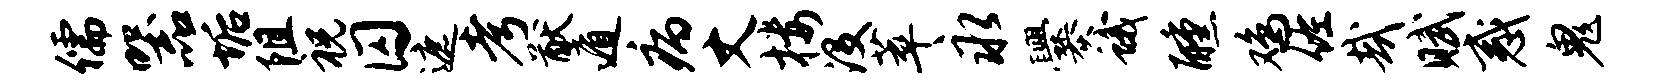
儒器垢阻祝囚遮考猷遁病丈楼没萃永爨蛾醺鸡佐哉赋惑鬼